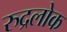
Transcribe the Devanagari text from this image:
रुद्रलोक